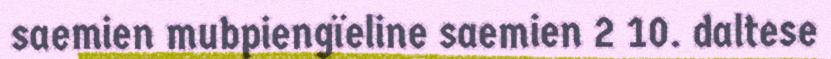
saemien mubpiengïeline saemien 2 10. daltese